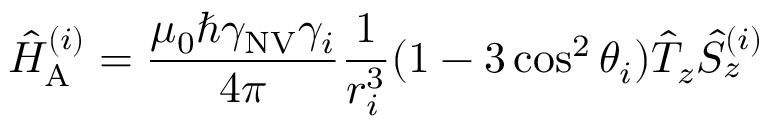
\hat { H } _ { \mathrm { A } } ^ { ( i ) } = \frac { \mu _ { 0 } \hbar \gamma _ { \mathrm { N V } } \gamma _ { i } } { 4 \pi } \frac { 1 } { r _ { i } ^ { 3 } } ( 1 - 3 \cos ^ { 2 } { \theta _ { i } } ) \hat { T } _ { z } \hat { S } _ { z } ^ { ( i ) }